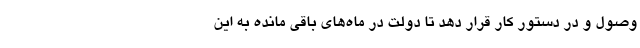
وصول و در دستور کار قرار دهد تا دولت در ماه‌های باقی مانده به این